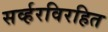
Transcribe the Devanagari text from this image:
सर्व्हरविरहित